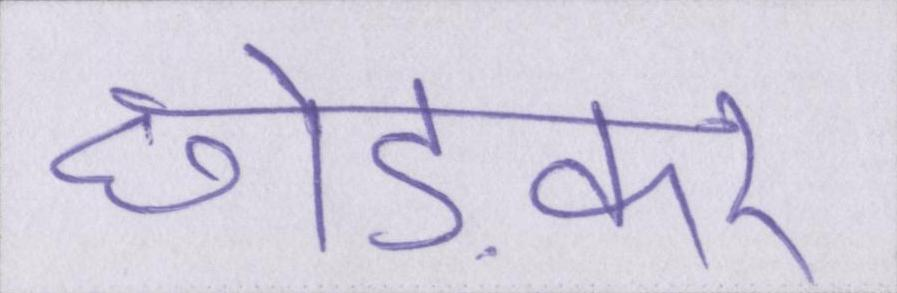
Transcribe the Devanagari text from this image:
छोड़कर